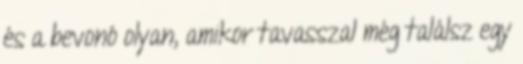
és a bevonó olyan, amikor tavasszal még találsz egy